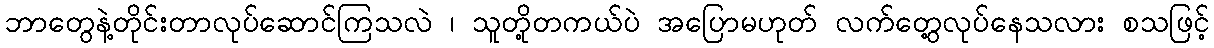
ဘာတွေနဲ့တိုင်းတာလုပ်ဆောင်ကြသလဲ ၊ သူတို့တကယ်ပဲ အပြောမဟုတ် လက်တွေ့လုပ်နေသလား စသဖြင့်